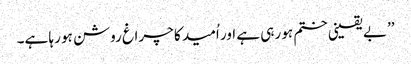
’’بے یقینی ختم ہو رہی ہے اور اُمید کا چراغ روشن ہو رہا ہے۔